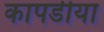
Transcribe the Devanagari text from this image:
कापडीया